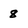
Character: 8